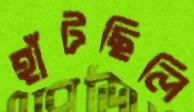
হাঁটছিলি